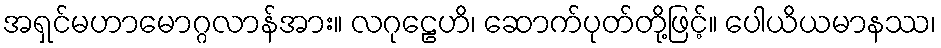
အရှင်မဟာမောဂ္ဂလာန်အား။ လဂုဠေဟိ၊ ဆောက်ပုတ်တို့ဖြင့်။ ပေါယိယမာနဿ၊